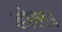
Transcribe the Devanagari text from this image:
डोल।